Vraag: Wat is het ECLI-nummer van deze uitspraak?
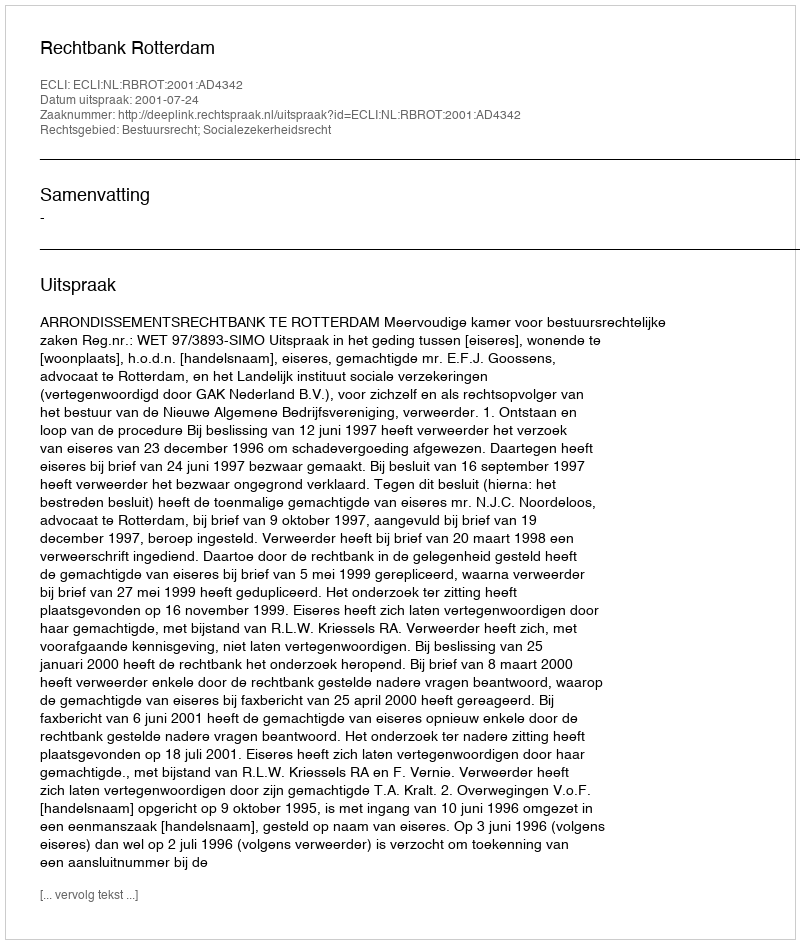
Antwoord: ECLI:NL:RBROT:2001:AD4342